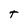
Character: t